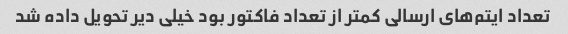
تعداد ایتم‌های ارسالی کمتر از تعداد فاکتور بود خیلی دیر تحویل داده شد